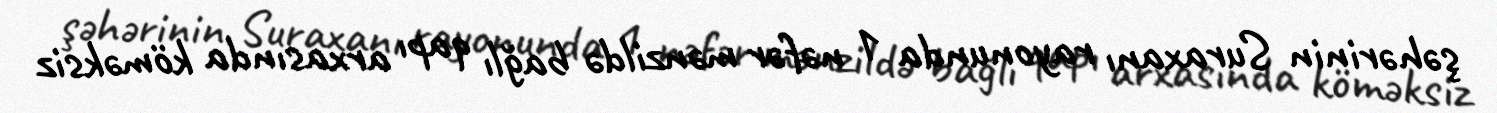
şəhərinin Suraxanı rayonunda 1 nəfər mənzildə bağlı qapı arxasında köməksiz